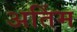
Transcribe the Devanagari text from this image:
अतिंम